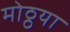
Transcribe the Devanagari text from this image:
मोठ्ठया